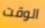
الوقت